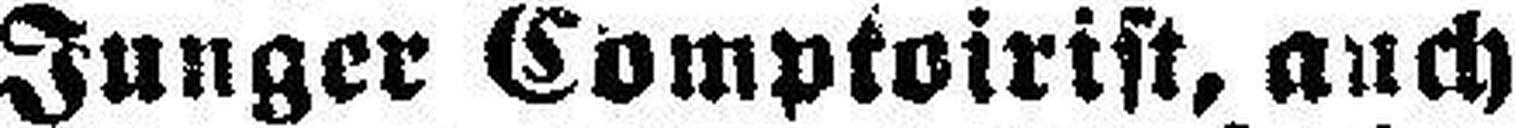
Junger Comptoirist, auch